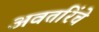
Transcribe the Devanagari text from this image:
अवतरिंचे